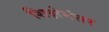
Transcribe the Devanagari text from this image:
शिक्षेनंतर